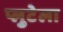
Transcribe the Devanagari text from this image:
प्लुटेला